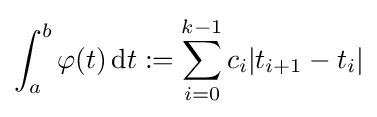
\int _{a}^{b}\varphi (t)\,\mathrm {d} t:=\sum _{i=0}^{k-1}c_{i}|t_{i+1}-t_{i}|